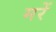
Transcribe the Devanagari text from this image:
मरें